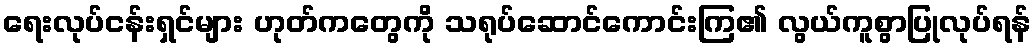
ရေးလုပ်ငန်းရှင်များ ဟုတ်ကတွေကို သရုပ်ဆောင်ကောင်းကြ၏ လွယ်ကူစွာပြုလုပ်ရန်